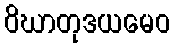
ဝိဃာတုဒယမေဝ